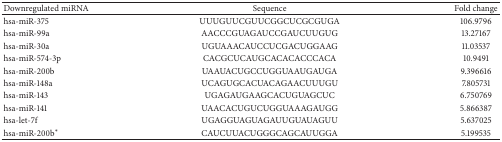
<table><thead><tr><td><b>Downregulated miRNA</b></td><td><b>Sequence</b></td><td><b>Fold change</b></td></tr></thead><tbody><tr><td>hsa-miR-375</td><td>UUUGUUCGUUCGGCUCGCGUGA</td><td>106.9796</td></tr><tr><td>hsa-miR-99a</td><td>AACCCGUAGAUCCGAUCUUGUG</td><td>13.27167</td></tr><tr><td>hsa-miR-30a</td><td>UGUAAACAUCCUCGACUGGAAG</td><td>11.03537</td></tr><tr><td>hsa-miR-574-3p</td><td>CACGCUCAUGCACACACCCACA</td><td>10.9491</td></tr><tr><td>hsa-miR-200b</td><td>UAAUACUGCCUGGUAAUGAUGA</td><td>9.396616</td></tr><tr><td>hsa-miR-148a</td><td>UCAGUGCACUACAGAACUUUGU</td><td>7.805731</td></tr><tr><td>hsa-miR-143</td><td>UGAGAUGAAGCACUGUAGCUC</td><td>6.750769</td></tr><tr><td>hsa-miR-141</td><td>UAACACUGUCUGGUAAAGAUGG</td><td>5.866387</td></tr><tr><td>hsa-let-7f</td><td>UGAGGUAGUAGAUUGUAUAGUU</td><td>5.637025</td></tr><tr><td>hsa-miR-200b∗</td><td>CAUCUUACUGGGCAGCAUUGGA</td><td>5.199535</td></tr></tbody></table>